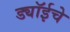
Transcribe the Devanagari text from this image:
ड्यॉईचे